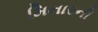
મિનારની